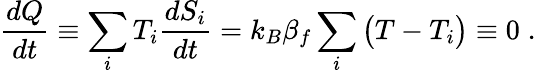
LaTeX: \frac{dQ}{dt}\equiv\sum_{i}T_{i}\frac{dS_{i}}{dt}=k_{B}\beta_{f}\sum_{i}\left(T-T_{i}\vphantom{T^{T}}\right)\equiv 0\; .